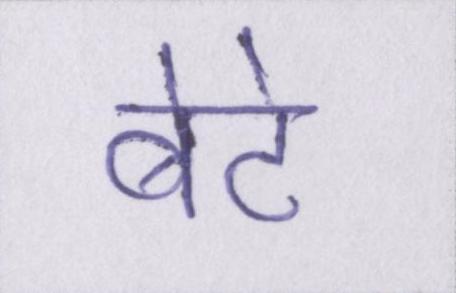
बेटे